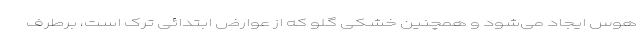
هوس ایجاد می‌شود و همچنین خشکی گلو که از عوارض ابتدائی ترک است، برطرف